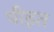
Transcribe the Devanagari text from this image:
पीड़त